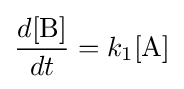
{\frac {d[{\ce {B}}]}{dt}}=k_{1}[{\ce {A}}]